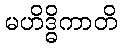
မဟိဒ္ဓိကာတိ